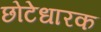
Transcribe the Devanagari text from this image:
छोटेधारक